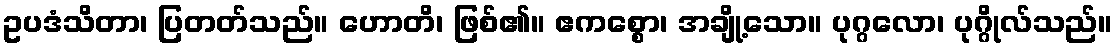
ဥပဒံသိတာ၊ ပြတတ်သည်။ ဟောတိ၊ ဖြစ်၏။ ဧကစ္စော၊ အချို့သော။ ပုဂ္ဂလော၊ ပုဂ္ဂိုလ်သည်။